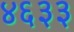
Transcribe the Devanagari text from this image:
४६३३